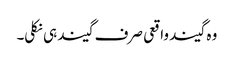
وہ گیند واقعی صرف گیند ہی نکلی۔